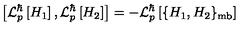
\left[ { \cal L } _ { p } ^ { \hbar } \left[ H _ { 1 } \right] , { \cal L } _ { p } ^ { \hbar } \left[ H _ { 2 } \right] \right] = - { \cal L } _ { p } ^ { \hbar } \left[ \{ H _ { 1 } , H _ { 2 } \} _ { \mathrm { m b } } \right]